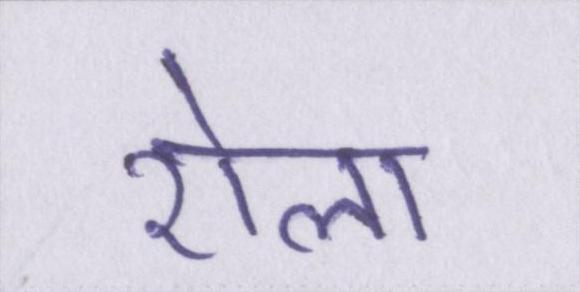
रोला